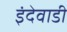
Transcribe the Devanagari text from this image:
इंदेवाडी